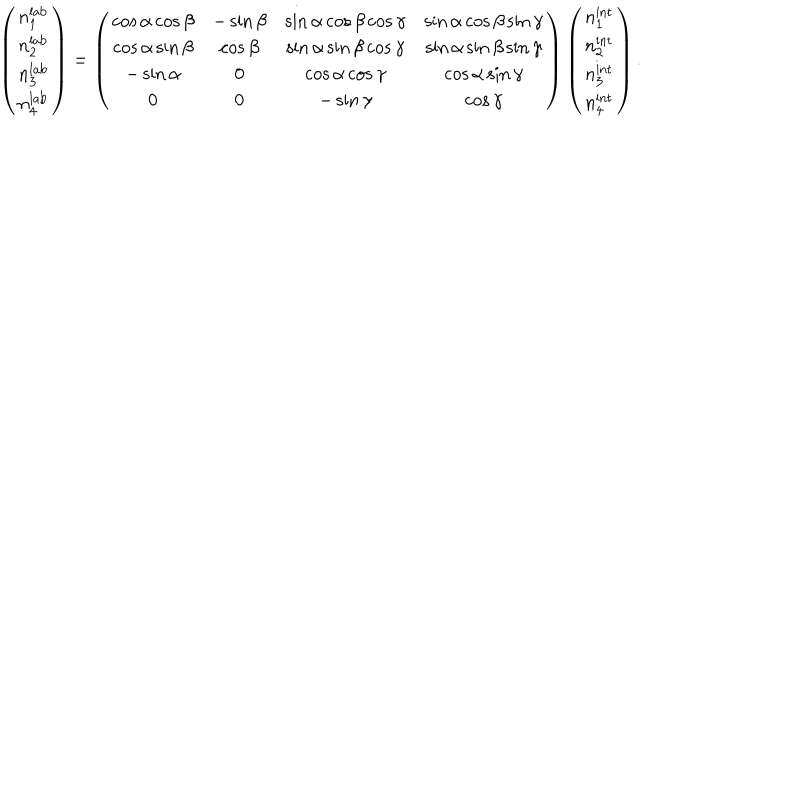
\left( \begin{array} { c } { { n _ { 1 } ^ { \mathrm { l a b } } } } \\ { { n _ { 2 } ^ { \mathrm { l a b } } } } \\ { { n _ { 3 } ^ { \mathrm { l a b } } } } \\ { { n _ { 4 } ^ { \mathrm { l a b } } } } \\ \end{array} \right) = \left( \begin{array} { c c c c } { { \cos \alpha \cos \beta } } & { { - \sin \beta } } & { { \sin \alpha \cos \beta \cos \gamma } } & { { \sin \alpha \cos \beta \sin \gamma } } \\ { { \cos \alpha \sin \beta } } & { { \cos \beta } } & { { \sin \alpha \sin \beta \cos \gamma } } & { { \sin \alpha \sin \beta \sin \gamma } } \\ { { - \sin \alpha } } & { { 0 } } & { { \cos \alpha \cos \gamma } } & { { \cos \alpha \sin \gamma } } \\ { { 0 } } & { { 0 } } & { { - \sin \gamma } } & { { \cos \gamma } } \\ \end{array} \right) \left( \begin{array} { c } { { n _ { 1 } ^ { \mathrm { i n t } } } } \\ { { n _ { 2 } ^ { \mathrm { i n t } } } } \\ { { n _ { 3 } ^ { \mathrm { i n t } } } } \\ { { n _ { 4 } ^ { \mathrm { i n t } } } } \\ \end{array} \right) .